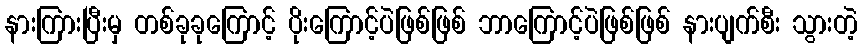
နားကြားပြီးမှ တစ်ခုခုကြောင့် ပိုးကြောင့်ပဲဖြစ်ဖြစ် ဘာကြောင့်ပဲဖြစ်ဖြစ် နားပျက်စီး သွားတဲ့